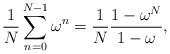
LaTeX: \begin{align*}\frac{1}{N}\sum_{n=0}^{N-1}\omega^n=\frac{1}{N}\frac{1-\omega^N}{1-\omega},\end{align*}